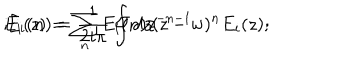
LaTeX: E _ { i } ( z ) = \sum _ { n } E _ { i } ( n ) z ^ { - n - 1 } \hspace { 5 m m } ; \hspace { 5 m m } E _ { i } ( n ) = \frac { 1 } { 2 i \pi } \oint { d z ( z - w ) ^ { n } E _ { i } ( z ) } ;